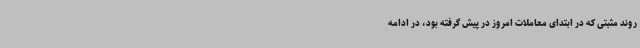
روند مثبتی که در ابتدای معاملات امروز در پیش گرفته بود، در ادامه